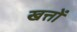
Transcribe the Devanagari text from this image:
खत्तों